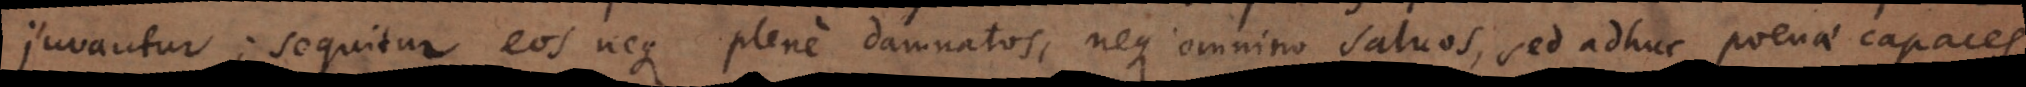
juvantur, sequitur eos neque plene damnatos, neque omnino salvos, sed adhuc poenae capaces